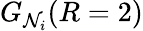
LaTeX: G_{\mathcal{N}_{i}}(R=2)